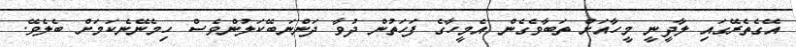
އޭގެތެރޭގައި ލާދީނީ މީހާއަށް ތަބާވެގެން އެމީހާގެ ފަހަތުން ދުވާ ދަންނަބޭކަލުންވެސް ހިމެނޭނެކަމަށް ބެލެވޭ.